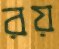
রয়